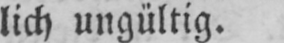
lich ungültig.